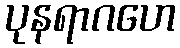
ပုနရာဂဟေ